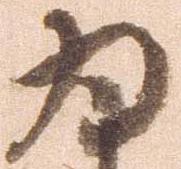
為